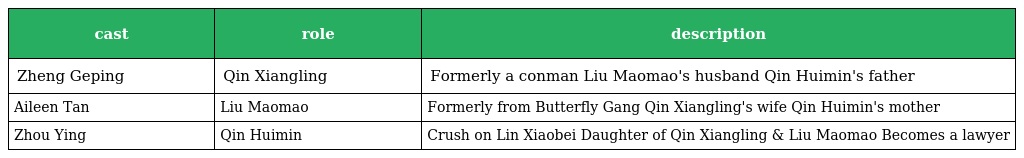
| cast | role | description |
 | --- | --- | --- |
 | Zheng Geping | Qin Xiangling 秦相林 | Formerly a conman Liu Maomao's husband Qin Huimin's father |
 | Aileen Tan | Liu Maomao 刘毛毛 | Formerly from Butterfly Gang Qin Xiangling's wife Qin Huimin's mother |
 | Zhou Ying | Qin Huimin 秦慧敏 | Crush on Lin Xiaobei Daughter of Qin Xiangling & Liu Maomao Becomes a lawyer |